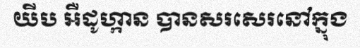
យីប អឺដូហ្កាន បានសរសេរនៅក្នុង